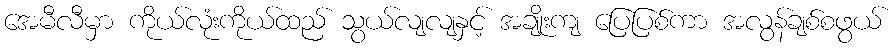
အေမီလီမှာ ကိုယ်လုံးကိုယ်ထည် သွယ်လျလျနှင့် အချိုးကျ ပြေပြစ်ကာ အလွန်ချစ်စဖွယ်